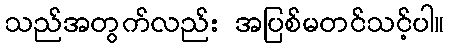
သည်အတွက်လည်း အပြစ်မတင်သင့်ပါ။